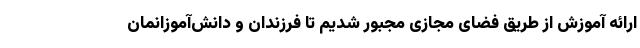
ارائه آموزش از طریق فضای مجازی مجبور شدیم تا فرزندان و دانش‌آموزانمان